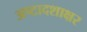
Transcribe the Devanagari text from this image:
अष्टादशाक्षर